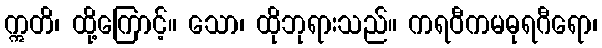
ဣတိ၊ ထို့ကြောင့်။ သော၊ ထိုဘုရားသည်။ ကရဝီကမဓုရဂီရော၊